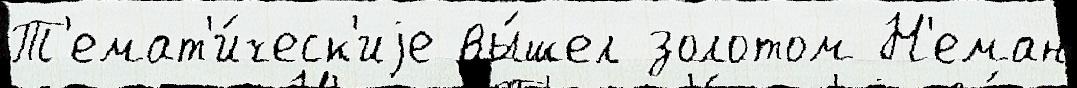
Т'емат'и́ческ'иjе вы́шел золотом Н'еман